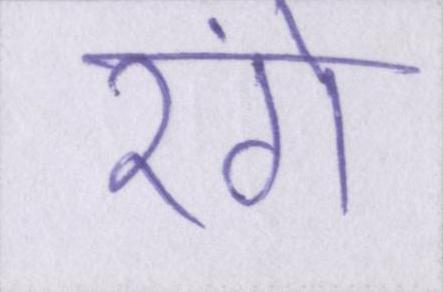
रंगे